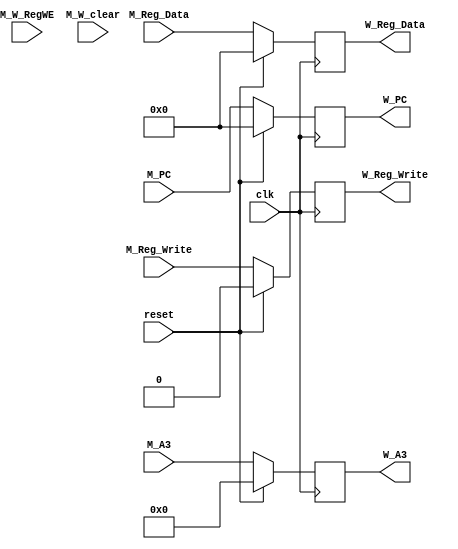
`timescale 1ns / 1ps
//////////////////////////////////////////////////////////////////////////////////
// Company: 
// Engineer: 
// 
// Design Name: 
// Module Name:    M_W 
// Project Name: 
// Target Devices: 
// Tool versions: 
// Description: 
//
// Dependencies: 
//
// Revision: 
// Revision 0.01 - File Created
// Additional Comments: 
//
//////////////////////////////////////////////////////////////////////////////////
module M_W(
    input clk,
    input reset,
    input M_W_RegWE,
    input M_W_clear,

    input [4:0] M_A3,
    input [31:0] M_PC,
    input [31:0] M_Reg_Data,
    input M_Reg_Write,

    output reg [4:0] W_A3,
    output reg [31:0] W_PC,
    output reg [31:0] W_Reg_Data,
    output reg W_Reg_Write
    );//chooose
    
    always @(posedge clk) begin
        if(reset == 1)begin
            W_A3 <= 0;
            W_PC <= 0;
            W_Reg_Data <= 0;
            W_Reg_Write <= 0;
        end
        else begin
            W_A3 <= M_A3;
            W_PC <= M_PC;
            W_Reg_Data <= M_Reg_Data;
            W_Reg_Write <= M_Reg_Write;
        end
    end

endmodule